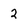
Character: 2